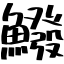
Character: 鱍